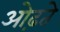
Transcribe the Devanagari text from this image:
ओढ़ते